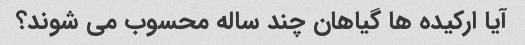
آیا ارکیده ها گیاهان چند ساله محسوب می شوند؟